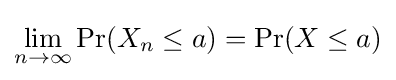
\lim _{n\to \infty }\operatorname {Pr} (X_{n}\leq a)=\operatorname {Pr} (X\leq a)